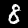
Label: 8